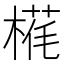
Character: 𬃵